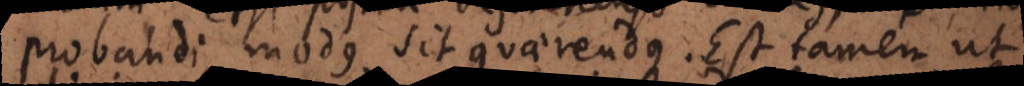
probandi modus sit quaerendus. Est tamen ut